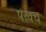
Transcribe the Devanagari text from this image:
पंखच